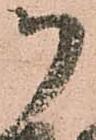
御